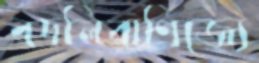
বদলিবাণিজ্যে